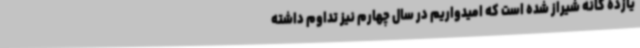
یازده گانه شیراز شده است که امیدواریم در سال چهارم نیز تداوم داشته